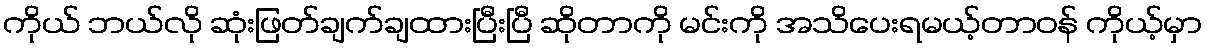
ကိုယ် ဘယ်လို ဆုံးဖြတ်ချက်ချထားပြီးပြီ ဆိုတာကို မင်းကို အသိပေးရမယ့်တာဝန် ကိုယ့်မှာ